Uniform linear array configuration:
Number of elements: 4
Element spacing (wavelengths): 0.25
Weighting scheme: blackman
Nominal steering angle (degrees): -60
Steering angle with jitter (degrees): -59.404
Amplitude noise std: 0.05
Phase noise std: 0.05

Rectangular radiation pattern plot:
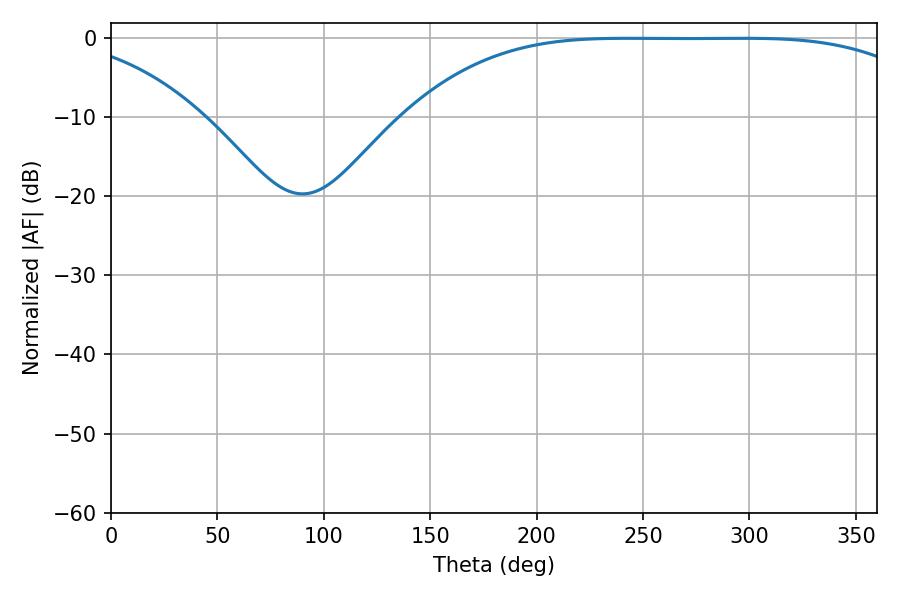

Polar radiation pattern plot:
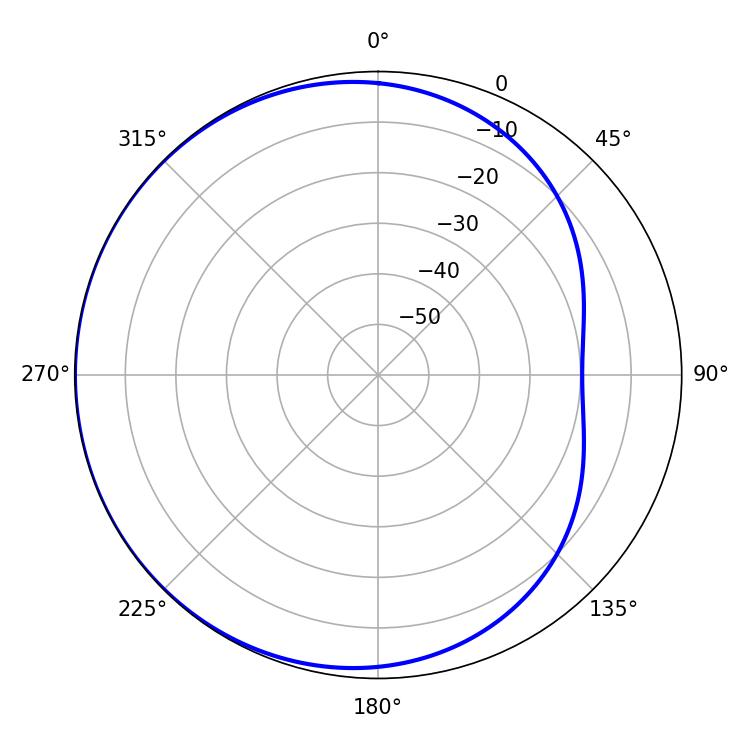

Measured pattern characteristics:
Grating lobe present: FALSE
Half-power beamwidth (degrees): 186.48
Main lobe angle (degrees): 242.64